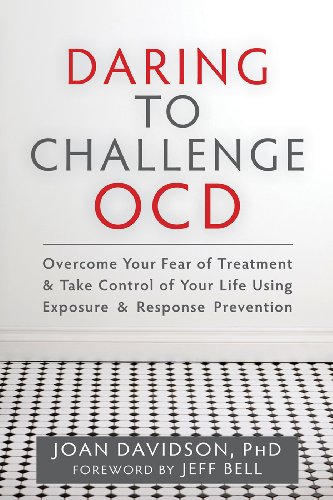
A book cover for Daring to Challenge OCD: Overcome Your Fear of Treatment and Take Control of Your Life Using Exposure and Response Prevention; Joan Davidson PhD; Health, Fitness & Dieting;